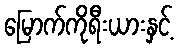
မြောက်ကိုရီးယားနှင့်